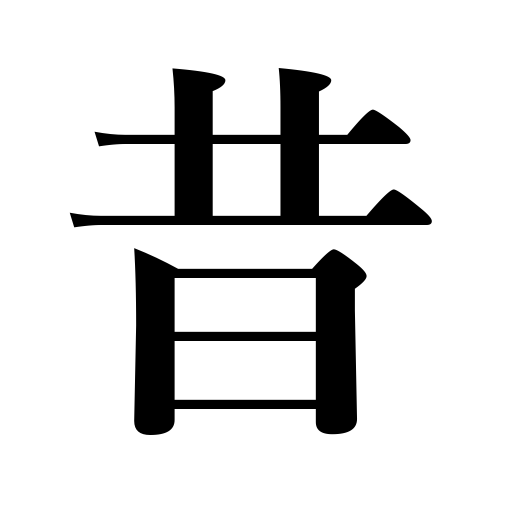
Meanings: antiquity,old times